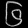
Digit: ၆